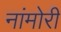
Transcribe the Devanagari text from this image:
नांमोरी